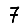
Digit: 7